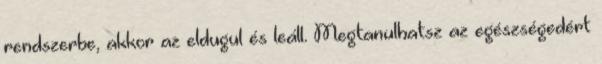
rendszerbe, akkor az eldugul és leáll. Megtanulhatsz az egészségedért